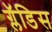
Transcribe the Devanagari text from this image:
ग्लॅडिस